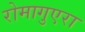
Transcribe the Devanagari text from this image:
रोमागुएरा